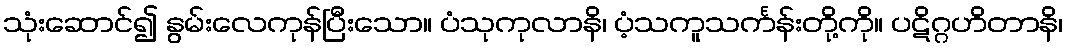
သုံးဆောင်၍ နွမ်းလေကုန်ပြီးသော။ ပံသုကုလာနိ၊ ပံ့သကူသင်္ကန်းတို့ကို။ ပဋိဂ္ဂဟိတာနိ၊